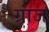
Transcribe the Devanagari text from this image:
ग्रांज